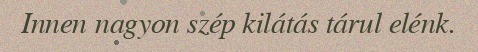
Innen nagyon szép kilátás tárul elénk.